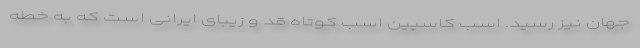
جهان نیز رسید. اسب کاسپین اسب کوتاه قد و زیبای ایرانی است که به خطه